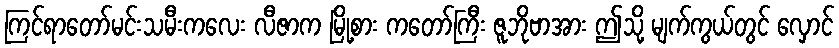
ကြင်ရာတော်မင်းသမီးကလေး လီဇာက မြို့စား ကတော်ကြီး ဇူဘိုဗာအား ဤသို့ မျက်ကွယ်တွင် လှောင်